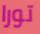
تورا